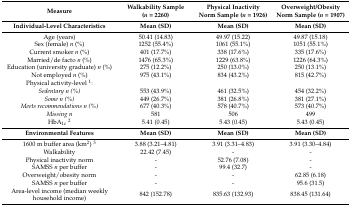
| Measure | Walkability Sample (n = 2260) | Physical Inactivity Norm Sample (n = 1926) | Overweight/Obesity Norm Sample (n = 1907) |
 | --- | --- | --- | --- |
 | Individual-Level Characteristics | Mean (SD) | Mean (SD) | Mean (SD) |
 | Age (years) | 50.41 (14.83) | 49.97 (15.22) | 49.87 (15.18) |
 | Sex (female) n (%) | 1252 (55.4%) | 1061 (55.1%) | 1051 (55.1%) |
 | Current smoker n (%) | 401 (17.7%) | 338 (17.6%) | 335 (17.6%) |
 | Married/de facto n (%) | 1476 (65.3%) | 1229 (63.8%) | 1226 (64.3%) |
 | Education (university graduate) n (%) | 275 (12.2%) | 250 (13.0%) | 250 (13.1%) |
 | Not employed n (%) | 975 (43.1%) | 834 (43.2%) | 815 (42.7%) |
 | Physical activity-level 1: |  |  |  |
 | Sedentary n (%) | 553 (43.9%) | 461 (32.5%) | 454 (32.2%) |
 | Some n (%) | 449 (26.7%) | 381 (26.8%) | 381 (27.1%) |
 | Meets recommendations n (%) | 677 (40.3%) | 578 (40.7%) | 573 (40.7%) |
 | Missing n | 581 | 506 | 499 |
 | HbA1c2 | 5.41 (0.45) | 5.43 (0.45) | 5.43 (0.45) |
 | Environmental Features | Mean (SD) | Mean (SD) | Mean (SD) |
 | 1600 m buffer area (km2) 3 | 3.88 (3.21–4.81) | 3.91 (3.31–4.83) | 3.91 (3.30–4.84) |
 | Walkability | 22.42 (7.45) | - | - |
 | Physical inactivity norm | - | 52.76 (7.08) | - |
 | SAMSS n per buffer | - | 99.4 (32.7) | - |
 | Overweight/obesity norm | - | - | 62.85 (6.18) |
 | SAMSS n per buffer | - | - | 95.6 (31.5) |
 | Area-level income (median weekly household income) | 842 (152.78) | 835.63 (132.93) | 838.45 (131.64) |